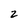
Character: 2